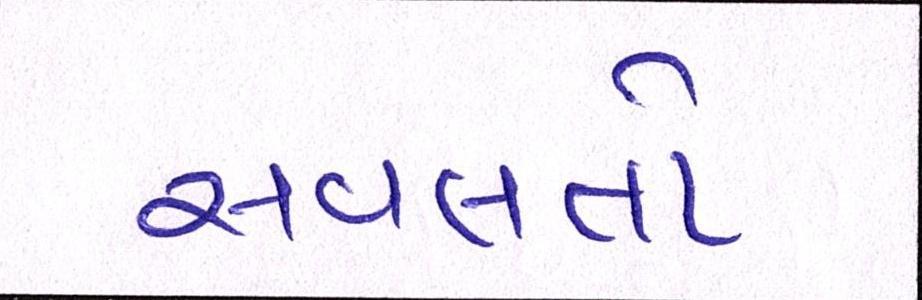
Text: સવલતો